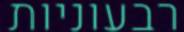
רבעוניות